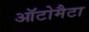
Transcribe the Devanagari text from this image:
ऑटोमैटा